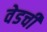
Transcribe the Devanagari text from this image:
वेडची